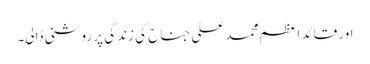
اور قائد اعظم محمد علی جناح کی زندگی پر روشنی ڈالی۔